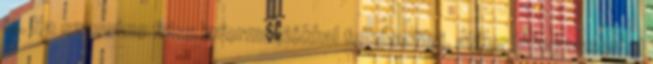
is. Ha szeretne friss információkkal felkészülni, akkor látogasson el